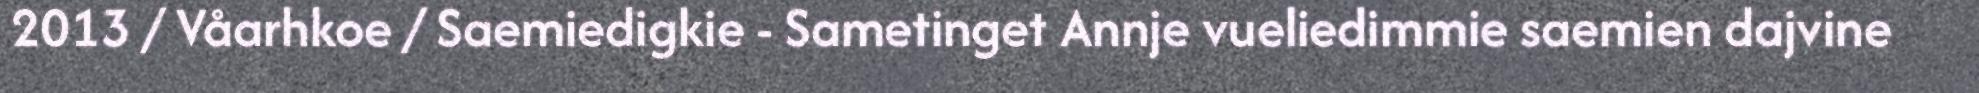
2013 / Våarhkoe / Saemiedigkie - Sametinget Annje vueliedimmie saemien dajvine